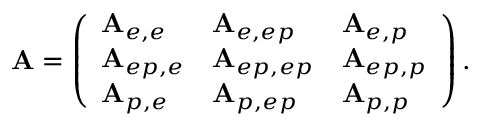
\mathbf { A } = \left( \begin{array} { l l l } { \mathbf { A } _ { e , e } } & { \mathbf { A } _ { e , e p } } & { \mathbf { A } _ { e , p } } \\ { \mathbf { A } _ { e p , e } } & { \mathbf { A } _ { e p , e p } } & { \mathbf { A } _ { e p , p } } \\ { \mathbf { A } _ { p , e } } & { \mathbf { A } _ { p , e p } } & { \mathbf { A } _ { p , p } } \end{array} \right) .